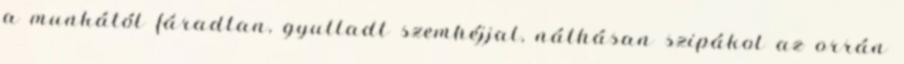
a munkától fáradtan, gyulladt szemhéjjal, náthásan szipákol az orrán